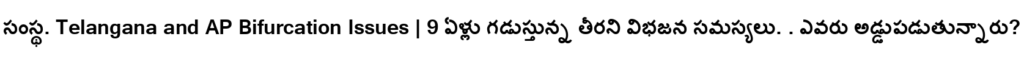
సంస్థ. Telangana and AP Bifurcation Issues | 9 ఏళ్లు గడుస్తున్న తీరని విభజన సమస్యలు. . ఎవరు అడ్డుపడుతున్నారు?